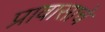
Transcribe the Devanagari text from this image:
प्रावासाचे